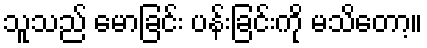
သူသည် မောခြင်း ပန်းခြင်းကို မသိတော့။